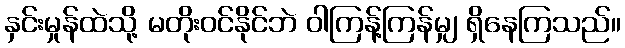
နှင်းမှုန်ထဲသို့ မတိုးဝင်နိုင်ဘဲ ဝါကြန့်ကြန်မျှ ရှိနေကြသည်။